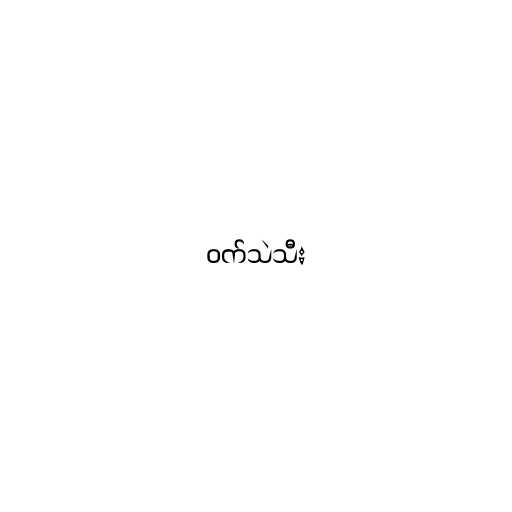
ဝက်သဲသီး